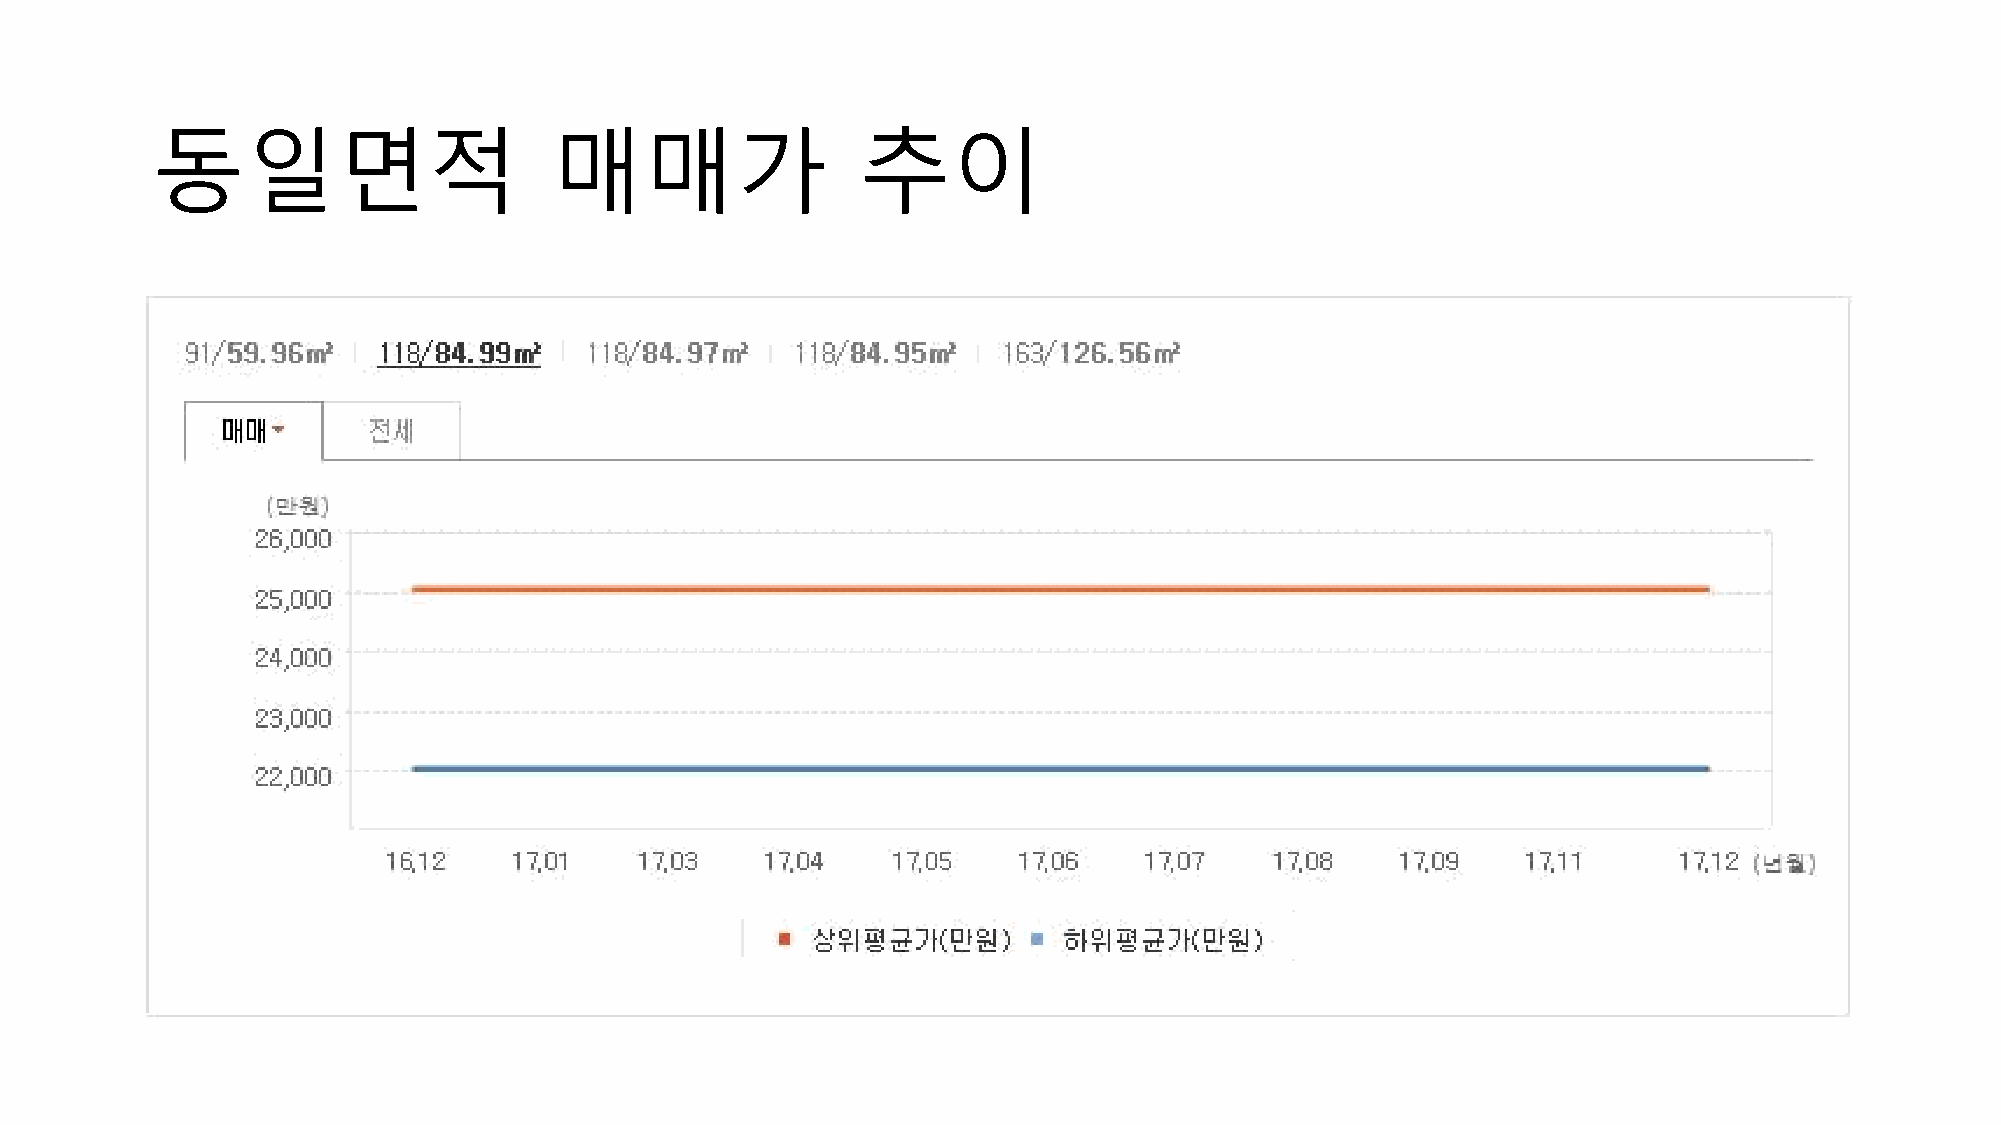
동일면적                       매매가                 추이